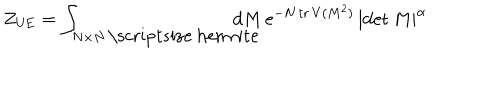
Z _ { \mathrm { U E } } = \int _ { N \times N \, \mathrm { \scriptsize ~ h e r m i t e } } \! \! \! \! \! \! \! \! \! \! d M \, \mathrm { e } ^ { - N \, \mathrm { t r } \, V ( M ^ { 2 } ) } \, | \mathrm { d e t } \, M | ^ { \alpha }